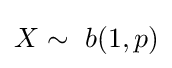
X\sim ~b(1,p)